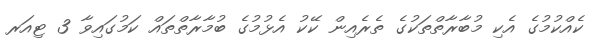
ކެއްކުމުގެ އެކި މުބާރާތްތަކުގެ ތެރެއިން ކޭކު އެޅުމުގެ ބުމާރާތްތައް ކަމުގައިވާ 3 ޓިއަރ